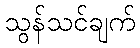
သွန်သင်ချက်